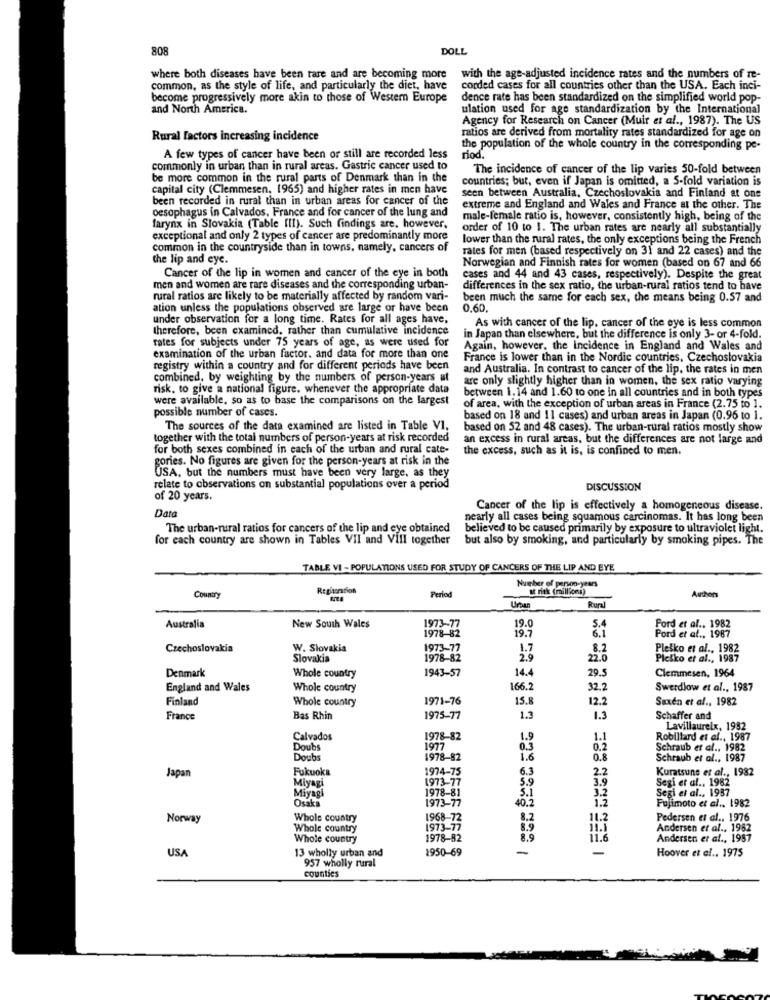
808
DOLL
where both diseases have been tare and are becoming more
with the age-adjusted incidence rates and the numbers of re-
common, as the style of life, and particularly the diet, have
corded cases for all countries other than the USA. Each inci-
become progressively more akin to those of Western Europe
dence rate has been standardized on the simplified world pop-
and North America.
ulation used for age standardization by the International
Agency for Research on Cancer (Muir et al ., 1987). The US
ratios are derived from mortality rates standardized for age on
Rural factors increasing incidence
the population of the whole country in the corresponding pe-
A few types of cancer have been or still are recorded less
riod.
commonly in urban than in rural areas. Gastric cancer used to
The incidence of cancer of the lip varies 50-fold between
be more common in the rural parts of Denmark than in the
countries; but, even if Japan is omitted, a S-fold variation is
capital city (Clemmesen, 1965) and higher rates in men have
been recorded in rural than in urban areas for cancer of the
seen between Australia, Czechoslovakia and Finland at one
oesophagus in Calvados, France and for cancer of the lung and
extreme and England and Wales and France at the other. The
male-female ratio is, however, consistently high, being of the
farynx in Slovakia (Table (II). Such findings are. however,
order of 10 to 1. The urban rates are nearly all substantially
exceptional and only 2 types of cancer are predominantly more
lower than the rural rates, the only exceptions being the French
common in the countryside than in towns, namely, cancers of
rates for men (based respectively on 31 and 22 cases) and the
the lip and eye.
Norwegian and Finnish rates for women (based on 67 and 66
Cancer of the lip in women and cancer of the eye in both
cases and 44 and 43 cases, respectively). Despite the great
men and women are rare diseases and the corresponding urban-
differences in the sex ratio, the urban-rural ratios tend to have
rural ratios are likely to be materially affected by random vari-
been much the same for each sex, the means being 0.57 and
ation unless the populations observed are large or have been
0.60,
under observation for a long time. Rates for all ages have,
therefore, been examined. rather than cumulative incidence
As with cancer of the lip. cancer of the eye is less common
rates for subjects under 75 years of age, as were used for
in Japan than elsewhere, but the difference is only 3- or 4-fold.
Again, however, the incidence in England and Wales and
examination of the urban factor. and data for more than one
France is lower than in the Nordic countries, Czechoslovakia
registry within a country and for different periods have been
and Australia. In contrast to cancer of the lip, the rates in men
combined, by weighting by the numbers of person-years at
are only slightly higher than in women, the sex ratio varying
risk, to give a national figure. whenever the appropriate data
were available, so as to base the comparisons on the largest
between 1.14 and 1.60 to one in all countries and in both types
possible number of cases.
of area, with the exception of urban areas in France (2.75 to ].
based on 18 and 11 cases) and urban areas in Japan (0.96 to 1.
The sources of the data examined are listed in Table VI,
based on 52 and 48 cases). The urban-rural ratios mostly show
together with the total numbers of person-years at risk recorded
an excess in rural areas, but the differences are not large and
for both sexes combined in each of the urban and rural cate-
the excess, such as it is, is confined to men.
gories. No figures are given for the person-years at risk in the
USA, but the numbers must have been very large, as they
relate to observations on substantial populations over a period
DISCUSSION
of 20 years.
Data
Cancer of the lip is effectively a homogeneous disease.
nearly all cases being squamous carcinomas. It has long been
The urban-rural ratios for cancers of the lip and eye obtained
believed to be caused primarily by exposure to ultraviolet light.
for each country are shown in Tables VII and Vill together
but also by smoking, and particularly by smoking pipes. The
TABLE VI - POPULATIONS USED FOR STUDY OF CANCERS OF THE LIP AND EYE
Registration
Number of person-years
at risk (millions)
Country
Period
Authors
Urban
Rural
Ford et al ., 1982
Australia
New South Wales
1973-77
1978-82
19.0
19.7
5.4
6.1
Pord et al ., 1987
Czechoslovakia
W. Slovakia
1973-77
1.7
Pleško et al ., 1982
Slovakia
1978-82
2.9
22.6
Plesko et al ., 1987
Denmark
1943-57
14.4
29.
Clemmesen, 1964
Whole country
England and Wales
Whole country
166.2
32.2
Swerdlow et al ., 1987
Finland
Whole country
1971-76
15.8
12.2
Saxén et al ., 1982
France
Bas Rhin
1975-77
1.3
1.3
Schaffer and
Lavillaurelx, 1982
Calvados
1978-82
1.9
1.1
Robillard et al ., 1987
Doubs
1977
0.3
0.2
Schraub et al ., 1982
Doubs
1978-82
1.6
0.8
Schraub et al ., 1987
Fukuoka
1974-75
6.3
Kuratsune et al ., 1982
Japan
1973-77
5.9
3.9
2.2
Segi er al .. 1982
Miyagi
1978-81
Miyagi
Osaka
1973-77
5.1
40.5
Segi et al ., 1937
Fujimoto et al .. 1982
Norway
Whole country
1968-72
8.2
11.2
Pedersen et al ., 1976
Whole country
1973-77
8.9
11.1
Andersen et al .. 1982
Whole country
1978-82
8.9
Andersen et al ., 1987
USA
13 wholly urban and
1950-69
-
-
Hoover et el .. 1975
957 wholly rural
counties